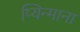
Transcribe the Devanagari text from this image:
प्यिन्माना